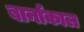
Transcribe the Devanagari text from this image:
बार्नाकाल